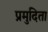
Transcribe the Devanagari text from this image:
प्रमुदिता